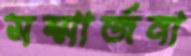
সম্মার্জনা